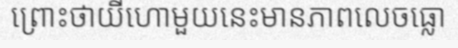
ព្រោះថាយីហោមួយនេះមានភាពលេចធ្លោ